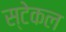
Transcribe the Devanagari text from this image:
स्टेकल